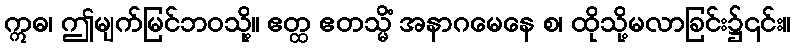
ဣဓ၊ ဤမျက်မြင်ဘဝသို့။ ဧတ္ထ ဧတသ္မိံ အနာဂမေနေ စ၊ ထိုသို့မလာခြင်း၌၎င်း။